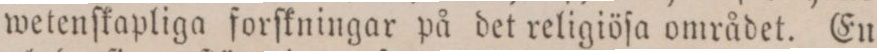
wetenſkapliga forſkningar på det religiöſa området. En